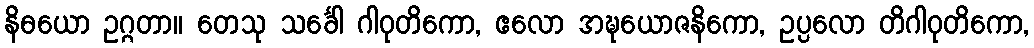
နိဓယော ဥဂ္ဂတာ။ တေသု သင်္ခေါ ဂါဝုတိကော, ဧလော အဍ္ဎယောဇနိကော, ဥပ္ပလော တိဂါဝုတိကော,